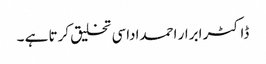
ڈاکٹر ابرار احمداداسی تخلیق کرتا ہے ۔